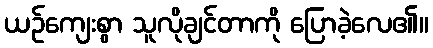
ယဉ်ကျေးစွာ သူလိုချင်တာကို ပြောခဲ့လေ၏။